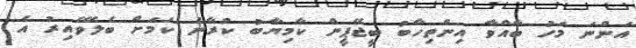
އަންނަ މަހު ބާއްވާ އިންތިހާބު ބީޖޭޕީން ކާމިޔާބު ކުރާނެ ކަމަށް ބެލެވޭއިރު އެ